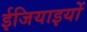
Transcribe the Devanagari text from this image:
ईजियाइयों